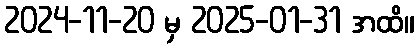
2024-11-20 မှ 2025-01-31 အထိ။